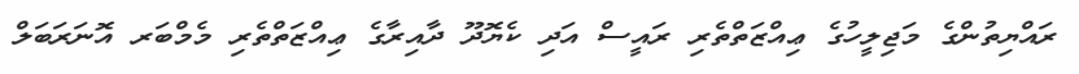
ރައްޔިތުންގެ މަޖިލީހުގެ ޢިއްޒަތްތެރި ރައީސް އަދި ކެޔޮދޫ ދާއިރާގެ ޢިއްޒަތްތެރި މެމްބަރ އޮނަރަބަލް